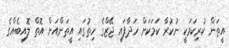
އީތަން ކުރިކަމަކީ ނުކުރާ ކަމަކަށް ހަދާފައި ޖޭޒްގެ ހިތުގައި އީތަންއަށް އޮތް ލޮއިބެއްގެ